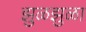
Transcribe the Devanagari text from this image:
झुळझुळा